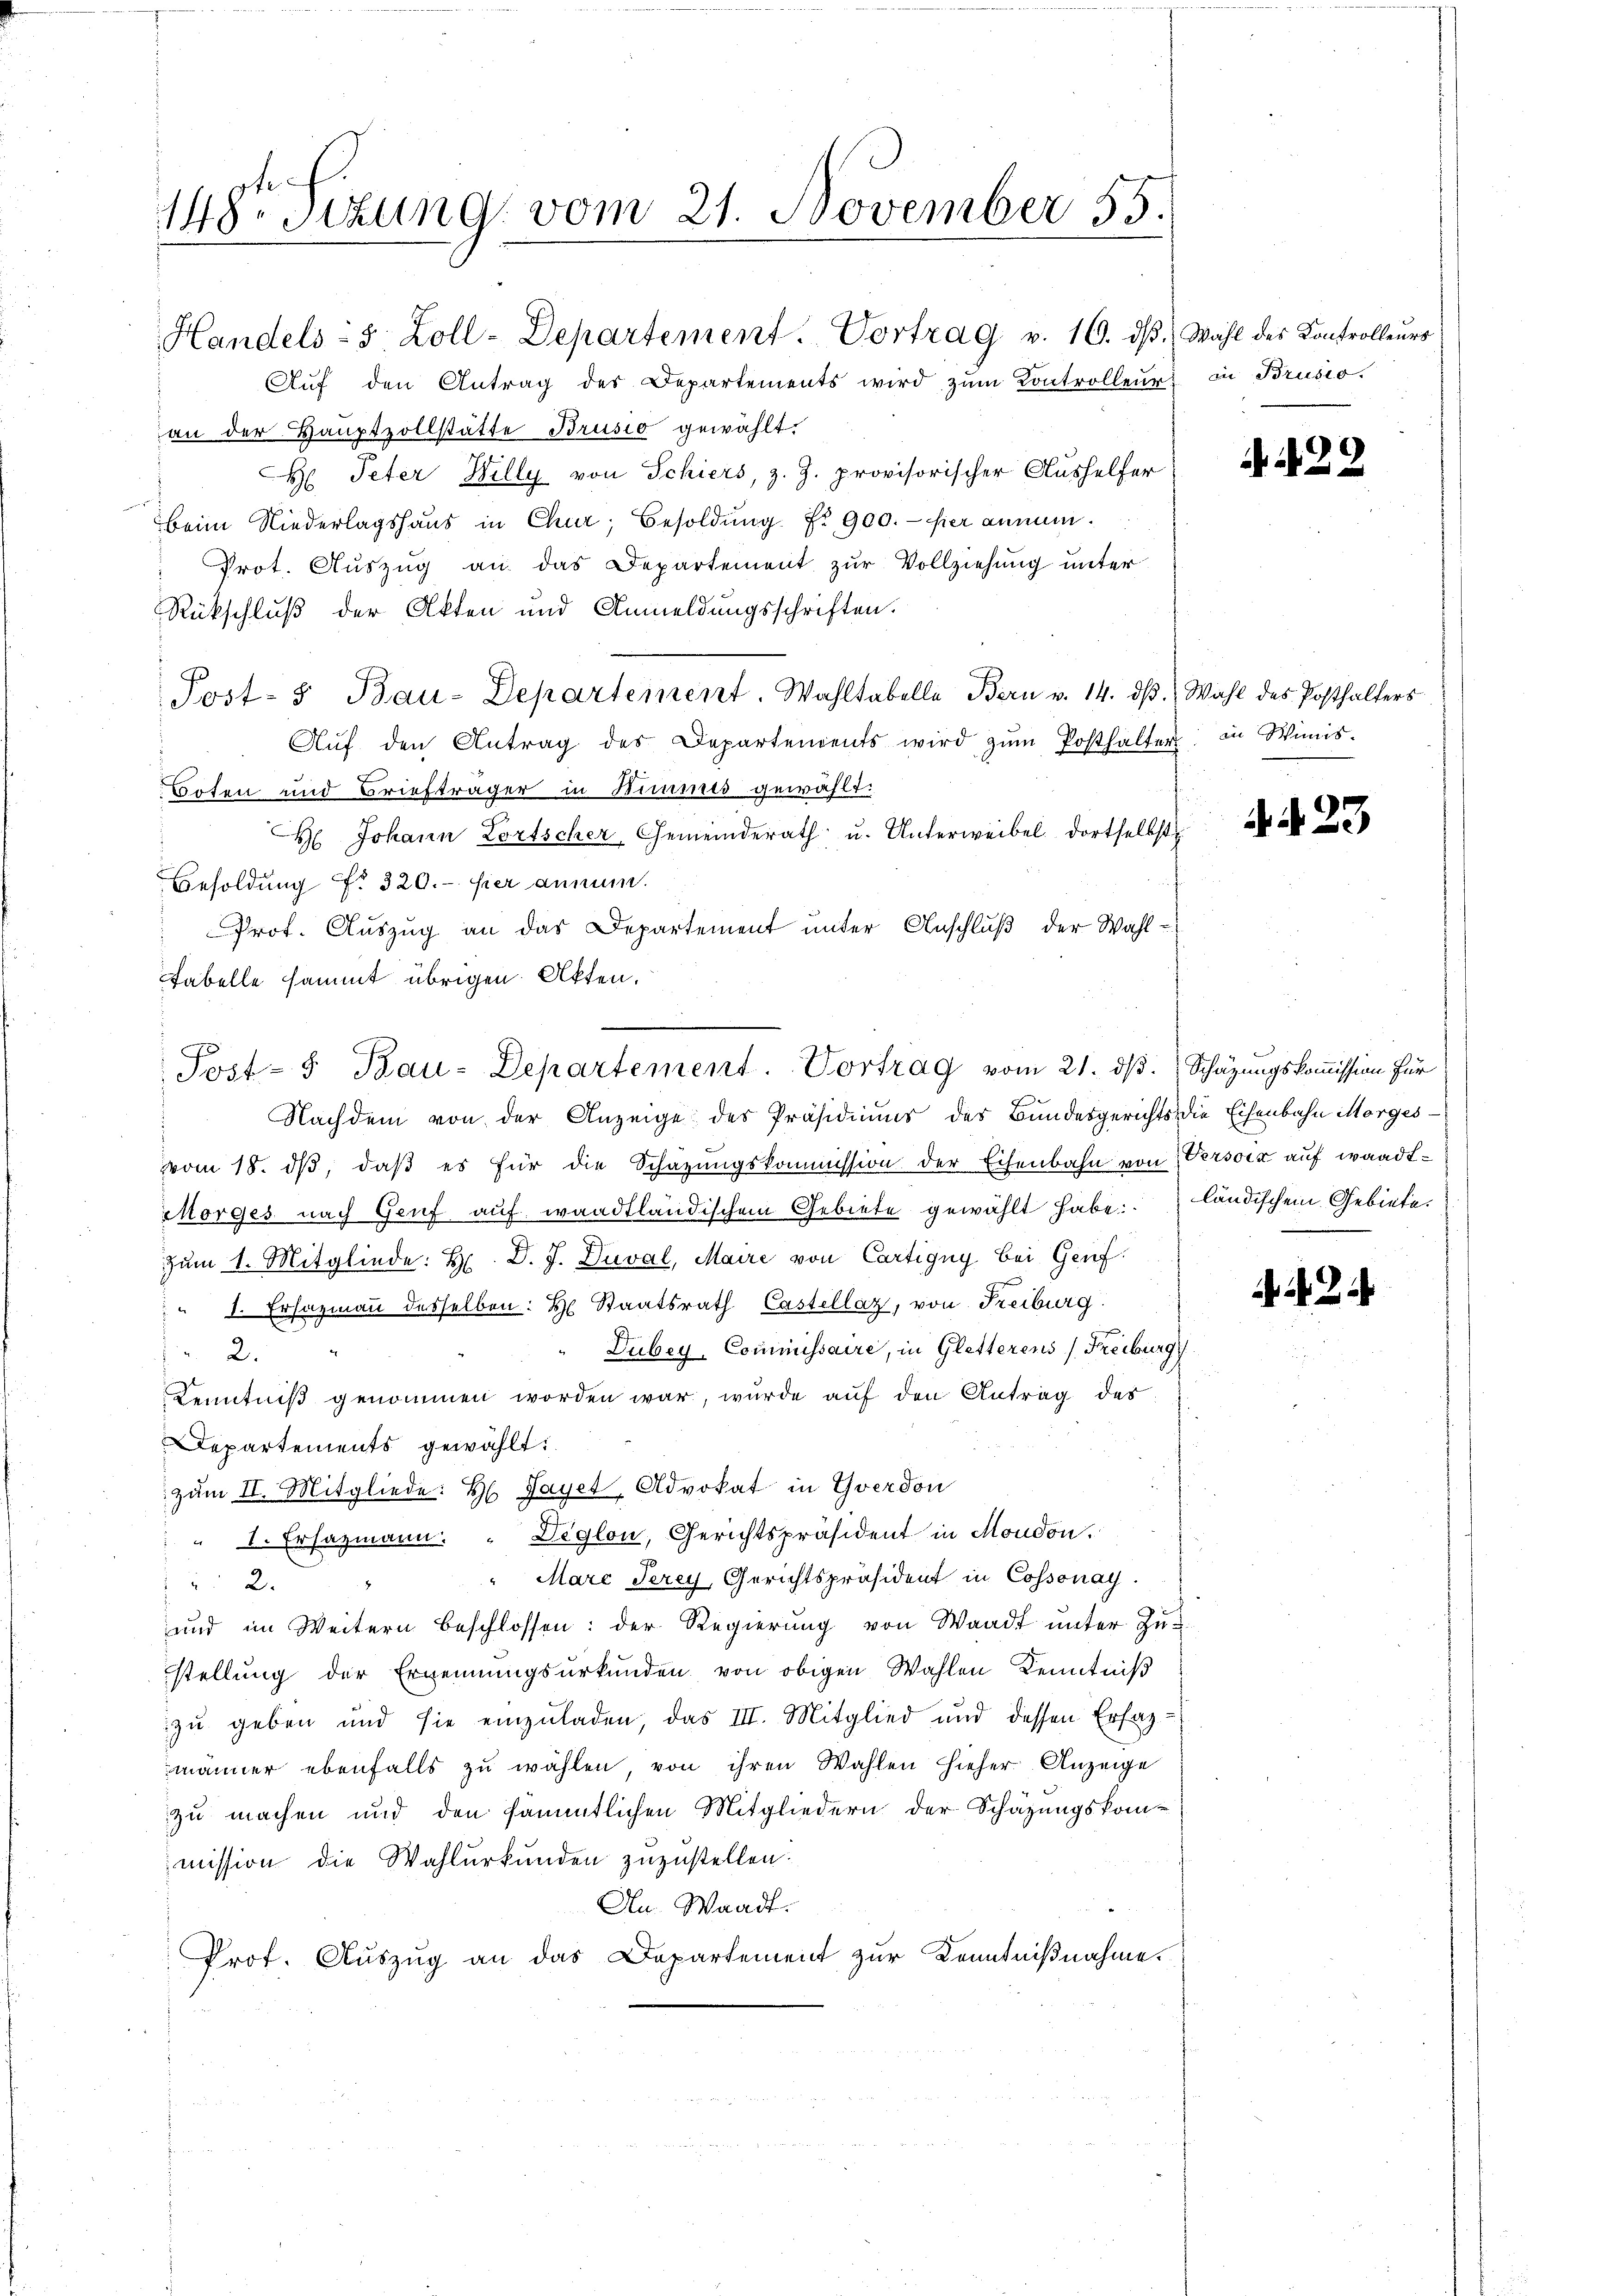
148. Sizung vom 21. November 55.

Handels- 5 Zoll-Departement. Vortrag v. 16. ds.
Aŭf den Antrag des Departements wird zŭm Kontrolleur.
an der Hauptvollstätte Brusio gewählt.
H: Peter Billy von Schiers, z. Z. provisorischer Aushelfer
beim Niederlagshaus in Chur, Besoldŭng Nr. 900.- Hier annum.
Prot. Aŭszŭg an das Departement zŭr Vollziehung unter
Rückschluß der Akten und Anmeldungsschriften.
Aŭf den Antrag des Departendents wird zŭm Posthalter in Winis-
Soten und Briefträger in Himmes gewählt.
 Johann Lortscher, Gemeinderath u. Unterweibel dortselbst
Besoldŭng Nr. 320. hier annum.
 Prof. Auszug an das Departement unter Anschluß der Wahl¬
Fabelle sammt übrigen Akten.
Nachdem von der Anzeige des Präsidiums des Bundesgerichts die Eisenbahn Morges
vom 18. dβ, daβ es für die Schazungskommission der Eisenbahn von Verson auf waadt-
Morges nach Genf auf waadtländischem Gebiete gewählt habe:
zum 1. Mitgliede: H. D. J. Duval, Maire von Cartigny bei Genf.
" 1. Ersazmann desselben: H. Staatsrath Castellaz, von Freiburg
Dubey, Commissaire, in Gletterens (Freiburg
 2.
Kenntniß genommen worden war, wurde auf den Antrag des
Departements gewählt:
zŭm II. Mitgliede: H. Payer, Advokat in Yverdon
" I. Ersazmann: " Deglon, Gerichtspräsident in Moudon.
Marc Jerey, Gerichtspräsident in Cossonay.
 2.
und im Weitern beschlossen: der Regierung von Waadt unter Zu-
stellung der Ernennungsurkunden von obigen Wahlen Kenntniß
zu geben und sie einzuladen, das III. Mitglied und dessen Erfasmänner ebenfalls zu wählen, von ihren Wahlen hieher Anzeige
zu machen und den sämmtlichen Mitgliedern der Schätzungskom-
mission die Wahlurkunden zuzustellen.
An Waadt.
Prof. Auszug an das Departement zur Kenntnißnahme.

Post- & Bau-Departement Wahltabelle Bern v. 14. dß.

Post- & Bau-Departement. Vortrag vom 21. ds. Schazungskommission für

Wahl des Kontrolleurs
in Brusio.

22

Wahl des Posthalters

N. 23

ländischem Gebiete.